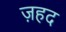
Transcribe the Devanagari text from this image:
ज़हद